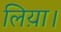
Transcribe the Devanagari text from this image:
लिय़ा।